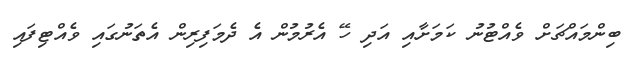
ބިންމައްޗަށް ވެއްޓުނު ކަމަށާއި އަދި ހޭ އެރުމުން އެ ދެމަފިރިން އެތަނުގައި ވެއްޓިފައި